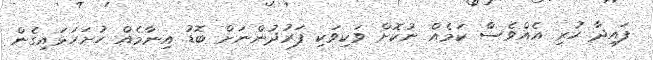
ފައިދާ ހުރި އެއްވެސް ކަމެއް ނުކޮށް ވަކިވަކި ފަރުދުންނަށް ބޮޑު އިނާމެއް ހުށަހަޅައިގެން